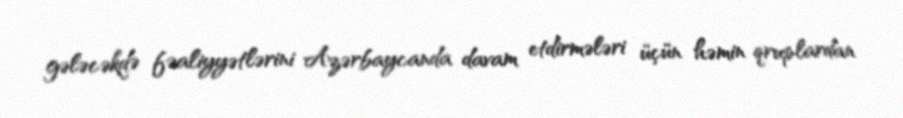
gələcəkdə fəaliyyətlərini Azərbaycanda davam etdirmələri üçün həmin qruplardan